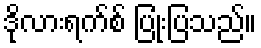
ဒိုလားရက်စ် ပြုံးပြသည်။